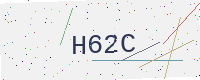
Text: H62C